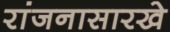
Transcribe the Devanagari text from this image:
रांजनासारखे